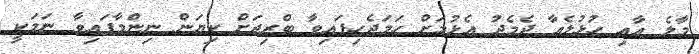
މާލެ އާއި ހުޅުލެއާ ދެމެދު އެޅުމަށް ހަމަޖެހިފައިވާ ބްރިޖަށް ކިޔަން ނިންމާފައިވާ ނަމަކީ